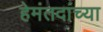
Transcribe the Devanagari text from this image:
हेमंतदांच्या